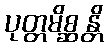
ပုတ္တမိစ္ဆန္တိ